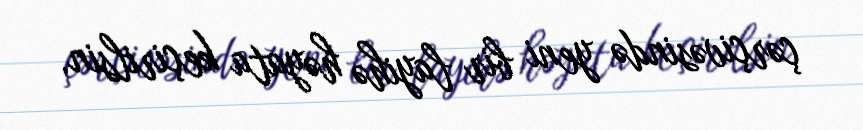
çərçivəsində yeni bir layihə həyata keçirilsin.